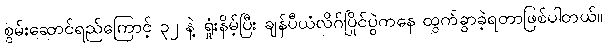
စွမ်းဆောင်ရည်ကြောင့် ၃၂ နဲ့ ရှုံးနိမ့်ပြီး ချန်ပီယံလိဂ်ပြိုင်ပွဲကနေ ထွက်ခွာခဲ့ရတာဖြစ်ပါတယ်။